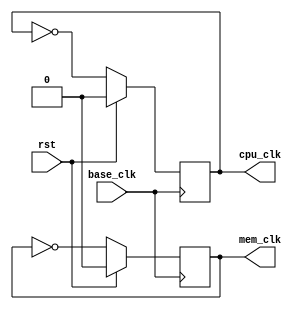
module ClockGenerator(
	input base_clk,
	input rst,
	
	output reg cpu_clk = 0,
	output reg mem_clk = 0
);

always@ (negedge base_clk)
begin
	if (rst) cpu_clk <= 0;
	else cpu_clk <= ~cpu_clk;
end
always@ (posedge base_clk)
begin
	if (rst) mem_clk <= 0;
	else mem_clk <= ~mem_clk;
end

endmodule